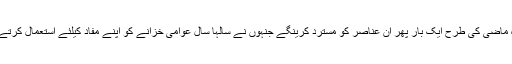
لیکن ہمارے غیور عوام مخالفین اور ان کی سازشوں کو بخوبی سمجھتی ہے اور آئندہ انتخابات میں وہ ماضی کی طرح ایک بار پھر ان عناصر کو مسترد کرینگے جنہوں نے سالہا سال عوامی خزانے کو اپنے مفاد کیلئے استعمال کرتے ہوئے کرپشن اور لوٹ ماری کو اپنی ترجیحات میں رکھا اور عوام کو ہر سہولت سے محروم رکھا۔